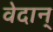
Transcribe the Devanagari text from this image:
वेदान्